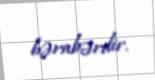
bərabərdir.